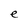
Character: e